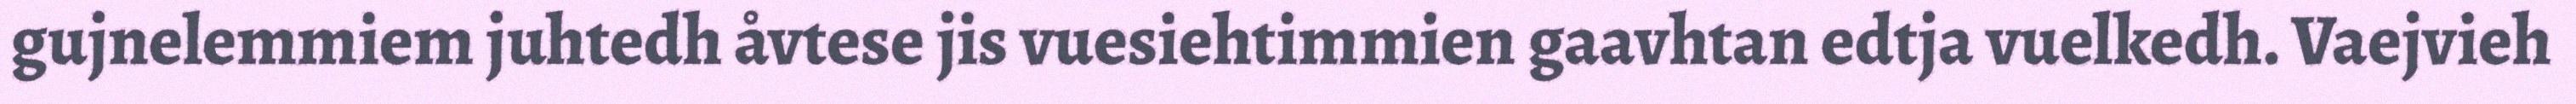
gujnelemmiem juhtedh åvtese jis vuesiehtimmien gaavhtan edtja vuelkedh. Vaejvieh